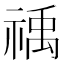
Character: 䄔